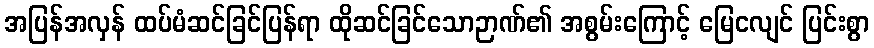
အပြန်အလှန် ထပ်မံဆင်ခြင်ပြန်ရာ ထိုဆင်ခြင်သောဉာဏ်၏ အစွမ်းကြောင့် မြေငလျင် ပြင်းစွာ